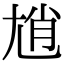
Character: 𡯩